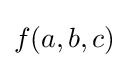
f(a,b,c)